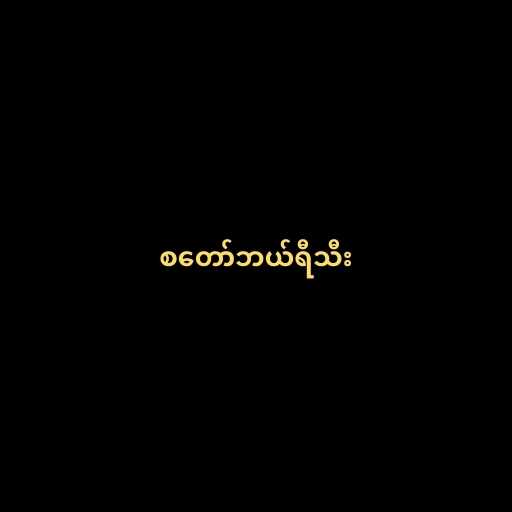
စတော်ဘယ်ရီသီး